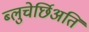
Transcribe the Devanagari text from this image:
ब्लुचेर्छिअति